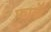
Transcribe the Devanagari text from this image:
फार्ले